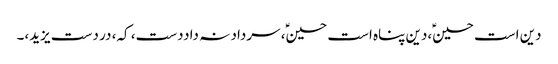
دین است حسینؑ،دین پناہ است حسینؑ، سرداد نہ داددست، کہ، در دست یزید،۔